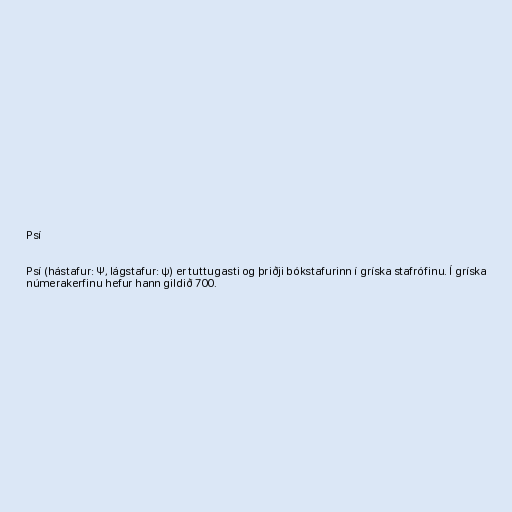
Psí

Psí (hástafur: Ψ, lágstafur: ψ) er tuttugasti og þriðji bókstafurinn í gríska stafrófinu. Í gríska
númerakerfinu hefur hann gildið 700.